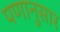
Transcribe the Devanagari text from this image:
पणानुसार